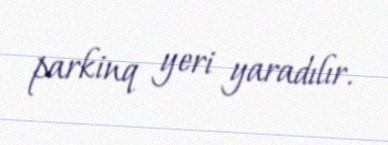
parkinq yeri yaradılır.